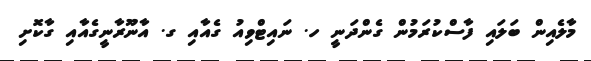
މާލެއިން ބަލައި ފާސްކުރަމުން ގެންދަނީ ހ. ނައިޓްވިއު ގެއާއި ގ. އާނޫރާނީގެއާއި ގާކޮށި